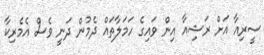
ސީރިއާ އަށް ރަޝިއާ އިން ވައިގެ ހަމަލާތައް ދެމުން ދަނީ ވެސް އެމެރިކާ